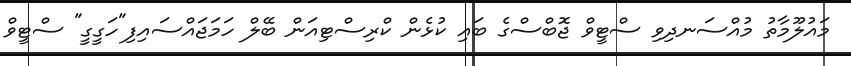
މައުލޫމާތު މުއްސަނދިވި ސްޓީވް ޖޮބްސްގެ ބައި ކުޅެން ކްރިސްޓިއަން ބޭލް ހަމަޖައްސައިފި"ހަގީގީ" ސްޓީވް